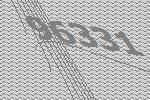
96331